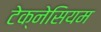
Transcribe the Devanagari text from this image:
टेक्नेसियम